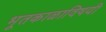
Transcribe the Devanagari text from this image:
भूतकाळाविषयी